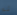
ثم